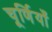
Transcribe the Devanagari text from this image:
चूर्णियाँ